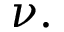
\nu .